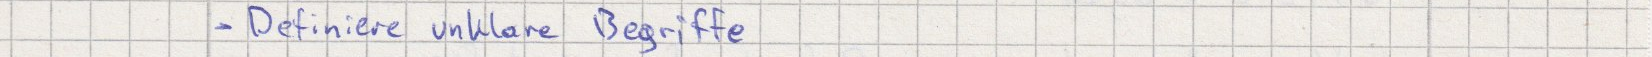
- Definiere unklare Begriffe